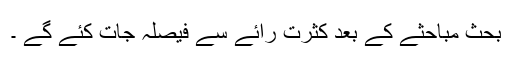
بحث مباحثے کے بعد کثرت رائے سے فیصلہ جات کئے گے ۔